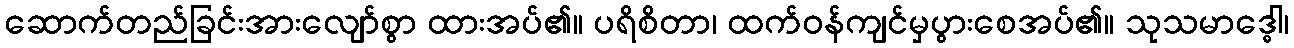
ဆောက်တည်ခြင်းအားလျော်စွာ ထားအပ်၏။ ပရိစိတာ၊ ထက်ဝန်ကျင်မှပွားစေအပ်၏။ သုသမာဒ္ဓေါ၊